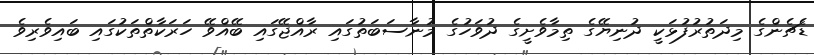
ޑެޗެންގެ މިދަތުރުފުޅަކީ ދުނިޔޭގެ ތިމާވެށީގެ ދުވަހުގެ މުނާސަބަތުގައި ރާއްޖޭގައި ބޭއްވޭ ހަރަކާތްތަކުގައި ބައިވެރިވެ